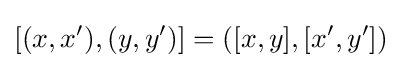
[(x,x^{\prime }),(y,y^{\prime })]=([x,y],[x^{\prime },y^{\prime }])